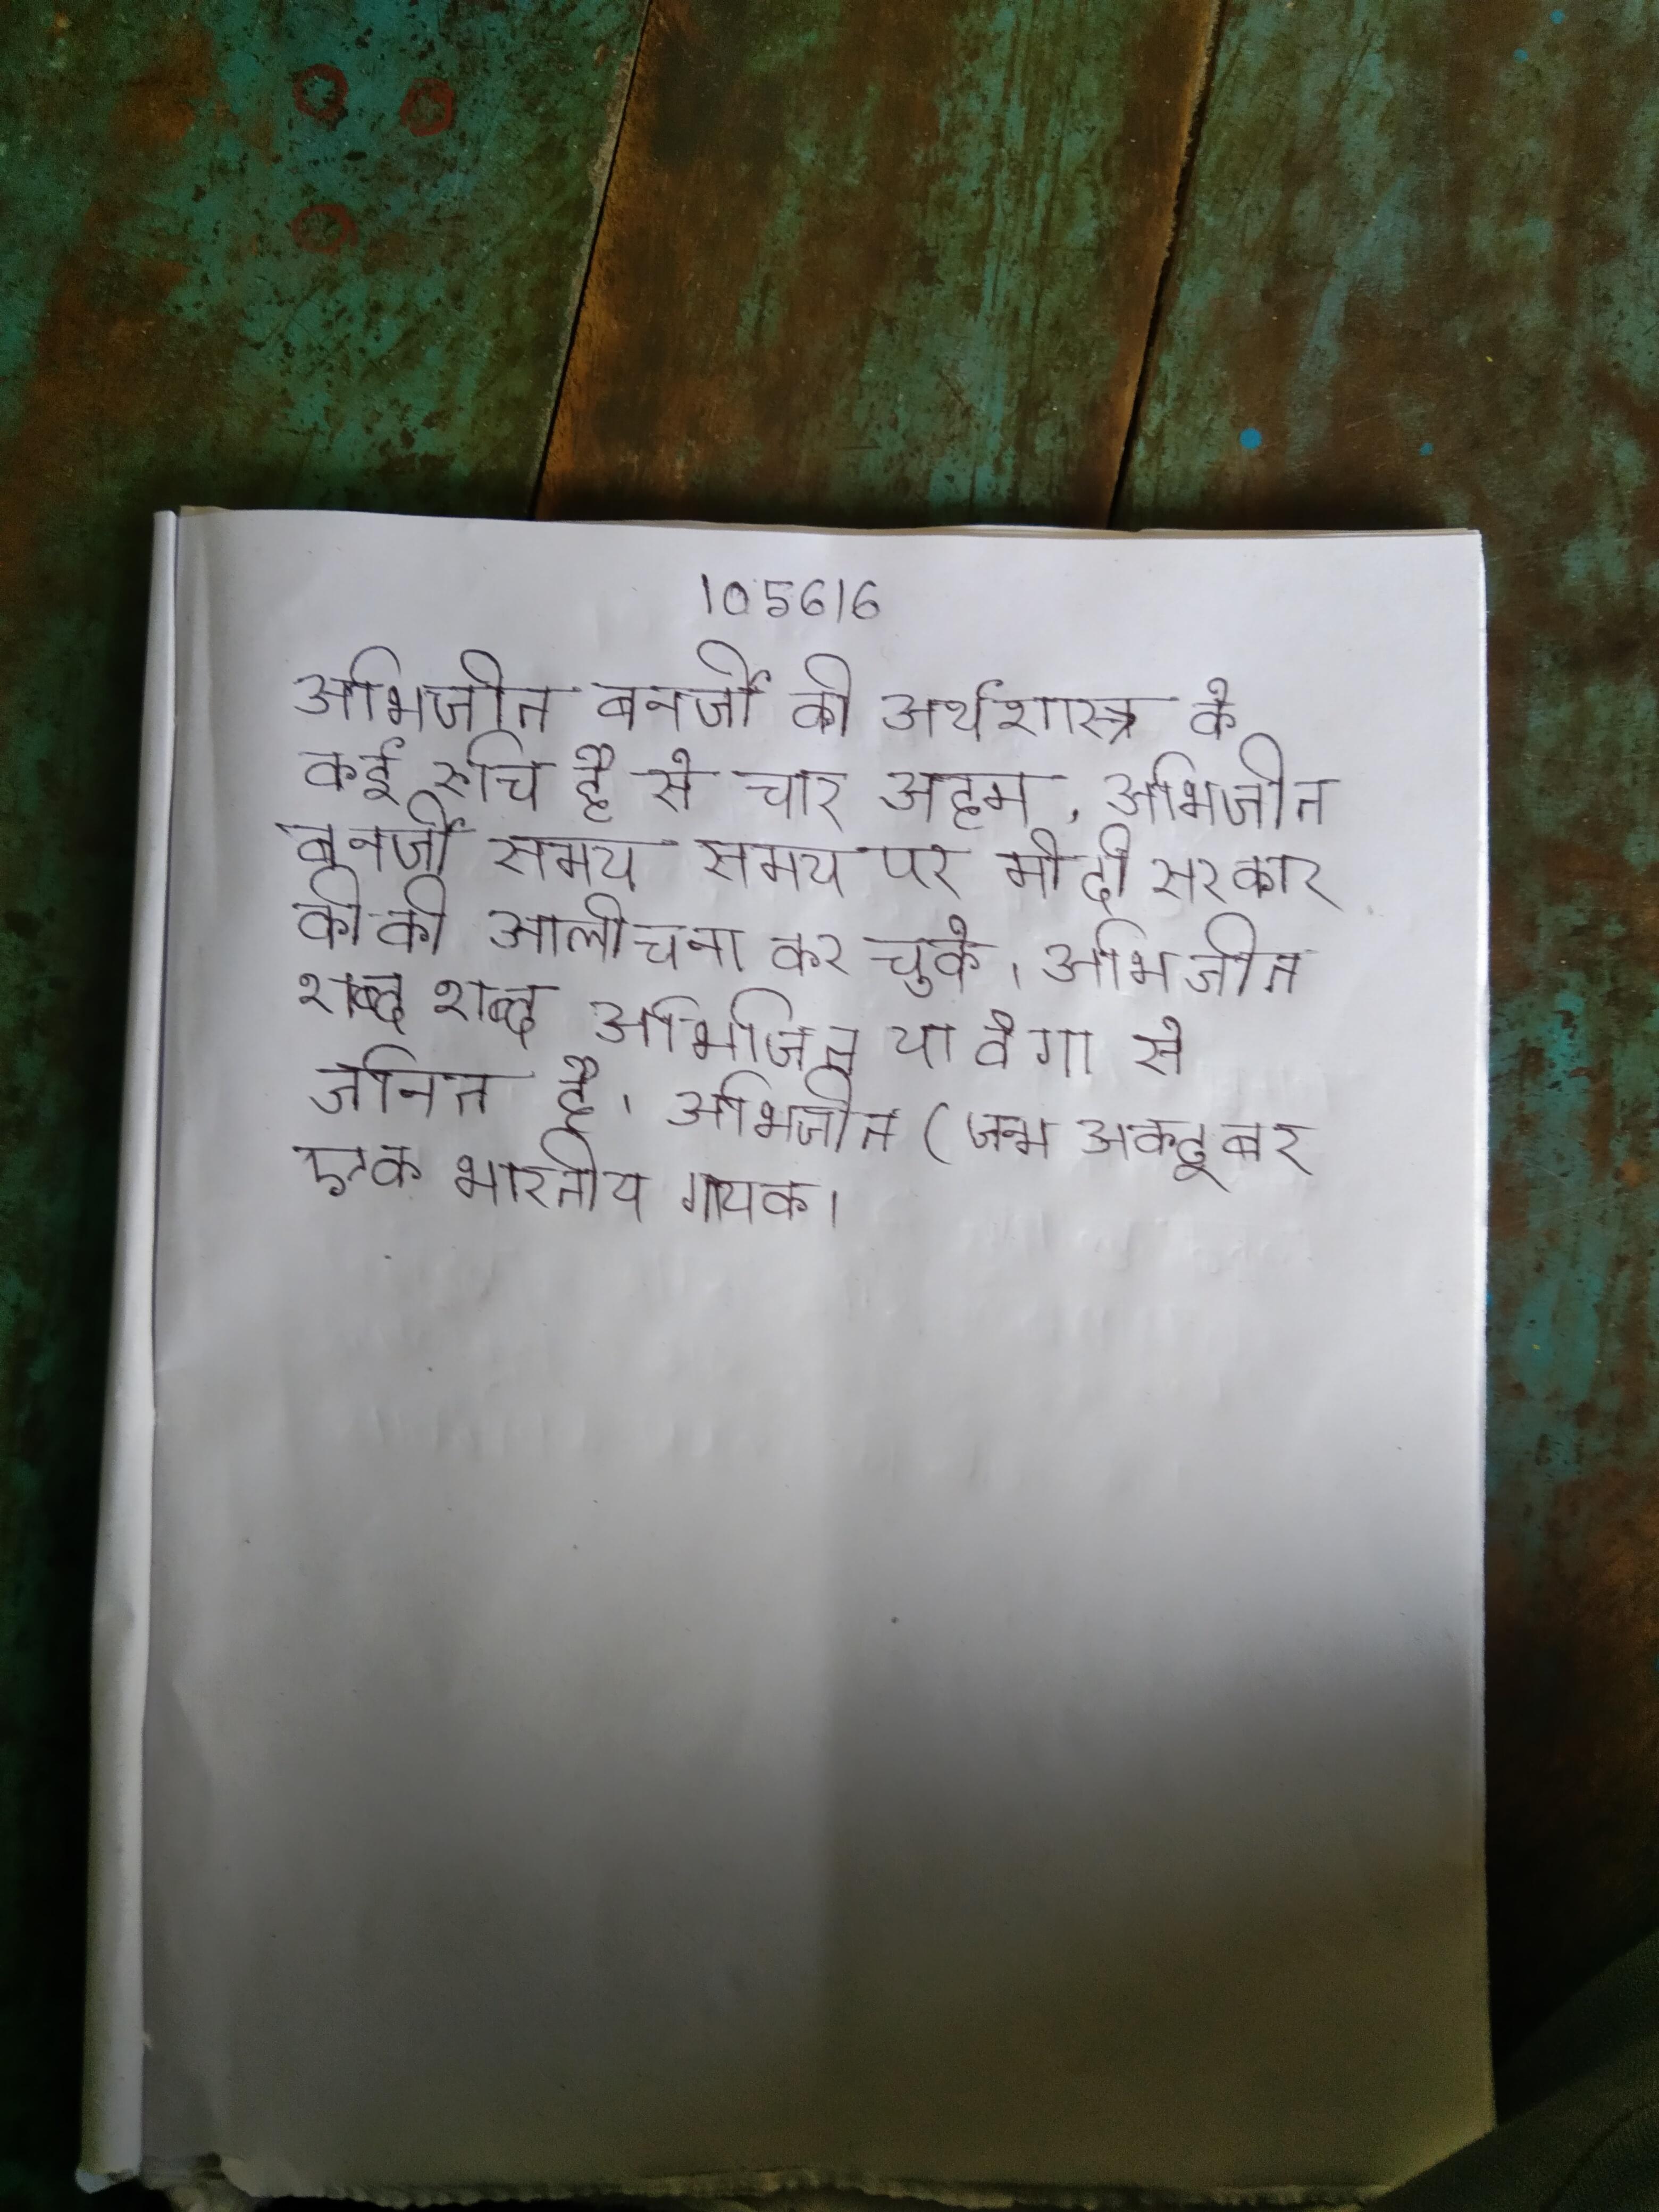
अभिजीत बनर्जी की अर्थशास्त्र के कई रुचि है से चार अहम . अभिजीत बनर्जी समय समय पर मोदी सरकार की की आलोचना कर चुके । अभिजीत शब्द शब्द अभिजित् या वेगा से जनित है । अभिजीत (जन्म अक्टूबर एक भारतीय गायक ।